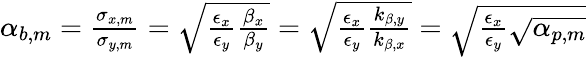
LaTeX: \begin{array}{r}{\alpha_{b,m}=\frac{\sigma_{x,m}}{\sigma_{y,m}}=\sqrt{\frac{\epsilon_{x}}{\epsilon_{y}}\frac{\beta_{x}}{\beta_{y}}}=\sqrt{\frac{\epsilon_{x}}{\epsilon_{y}}\frac{k_{\beta,y}}{k_{\beta,x}}}=\sqrt{\frac{\epsilon_{x}}{\epsilon_{y}}\sqrt{\alpha_{p,m}}}}\end{array}